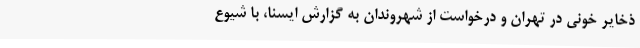
ذخایر خونی در تهران و درخواست از شهروندان به گزارش ایسنا، با شیوع